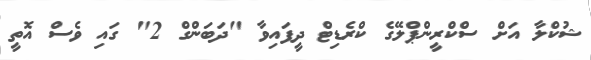
ޝުކްލާ އަށް ސްކްރީންޕްލޭގެ ކްރެޑިޓް ދީފައިވާ "ދަބަންގް 2" ގައި ވެސް އޮތީ